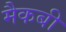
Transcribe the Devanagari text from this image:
मैकबी